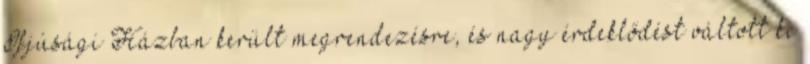
Ifjúsági Házban került megrendezésre, és nagy érdeklődést váltott ki